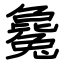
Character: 毚